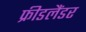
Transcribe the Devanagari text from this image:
फ्रीडलैंडर